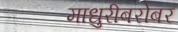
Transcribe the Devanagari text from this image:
माधुरीबरोबर